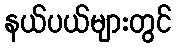
နယ်ပယ်များတွင်